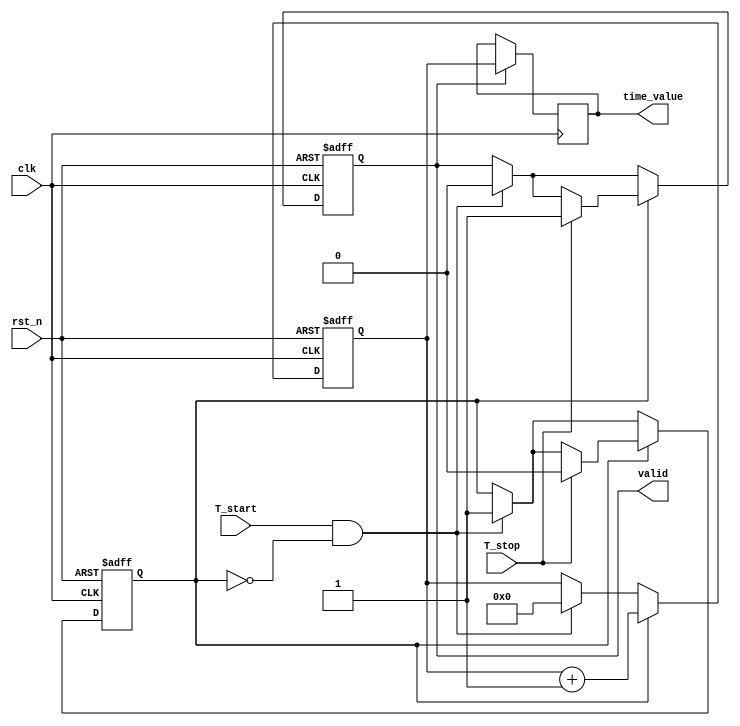
module TDC (
    input wire clk,                // High-frequency clock
    input wire rst_n,              // Active low reset
    input wire T_start,            // Start signal
    input wire T_stop,             // Stop signal
    output reg [15:0] time_value,  // Time interval in clock cycles
    output reg valid               // Indicates valid measurement
);

    // Counter to measure time intervals
    reg [15:0] counter;            // 16-bit counter
    reg counting;                  // Counting state
    reg [15:0] memory [0:255];     // Memory block (FIFO) for storing measurements
    reg [7:0] mem_ptr;             // Memory pointer for FIFO
    reg overflow;                  // Overflow flag

    // Control logic for counting
    always @(posedge clk or negedge rst_n) begin
        if (!rst_n) begin
            counter <= 16'b0;
            counting <= 1'b0;
            valid <= 1'b0;
            mem_ptr <= 8'b0;
            overflow <= 1'b0;
        end else begin
            if (T_start && !counting) begin
                counting <= 1'b1;  // Start counting on T_start
                counter <= 16'b0;   // Reset counter
                valid <= 1'b0;      // Reset valid flag
            end
            
            if (counting) begin
                counter <= counter + 1; // Increment counter on each clock cycle
                if (T_stop) begin
                    counting <= 1'b0;  // Stop counting on T_stop
                    valid <= 1'b1;     // Set valid flag
                    if (mem_ptr < 8'd255) begin
                        memory[mem_ptr] <= counter; // Store counter value in memory
                        mem_ptr <= mem_ptr + 1;     // Increment memory pointer
                    end else begin
                        overflow <= 1'b1; // Set overflow flag if memory is full
                    end
                end
            end
        end
    end

    // Output logic to provide the time value
    always @(posedge clk) begin
        if (valid) begin
            time_value <= counter; // Output the counter value as time interval
        end
    end

endmodule